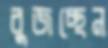
বুজচ্ছেন